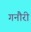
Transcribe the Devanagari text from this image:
गनौरी